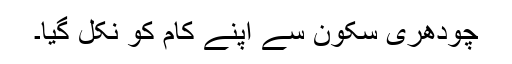
چودھری سکون سے اپنے کام کو نکل گیا۔